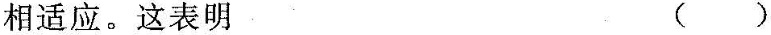
相适应。这表明( )